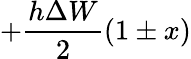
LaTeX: +{\frac{h\Delta W}{2}}(1\pm x)